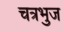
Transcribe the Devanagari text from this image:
चत्रभुज